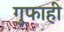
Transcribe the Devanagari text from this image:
गुफाही